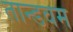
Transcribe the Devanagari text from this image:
तान्डवम